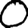
Digit: 0